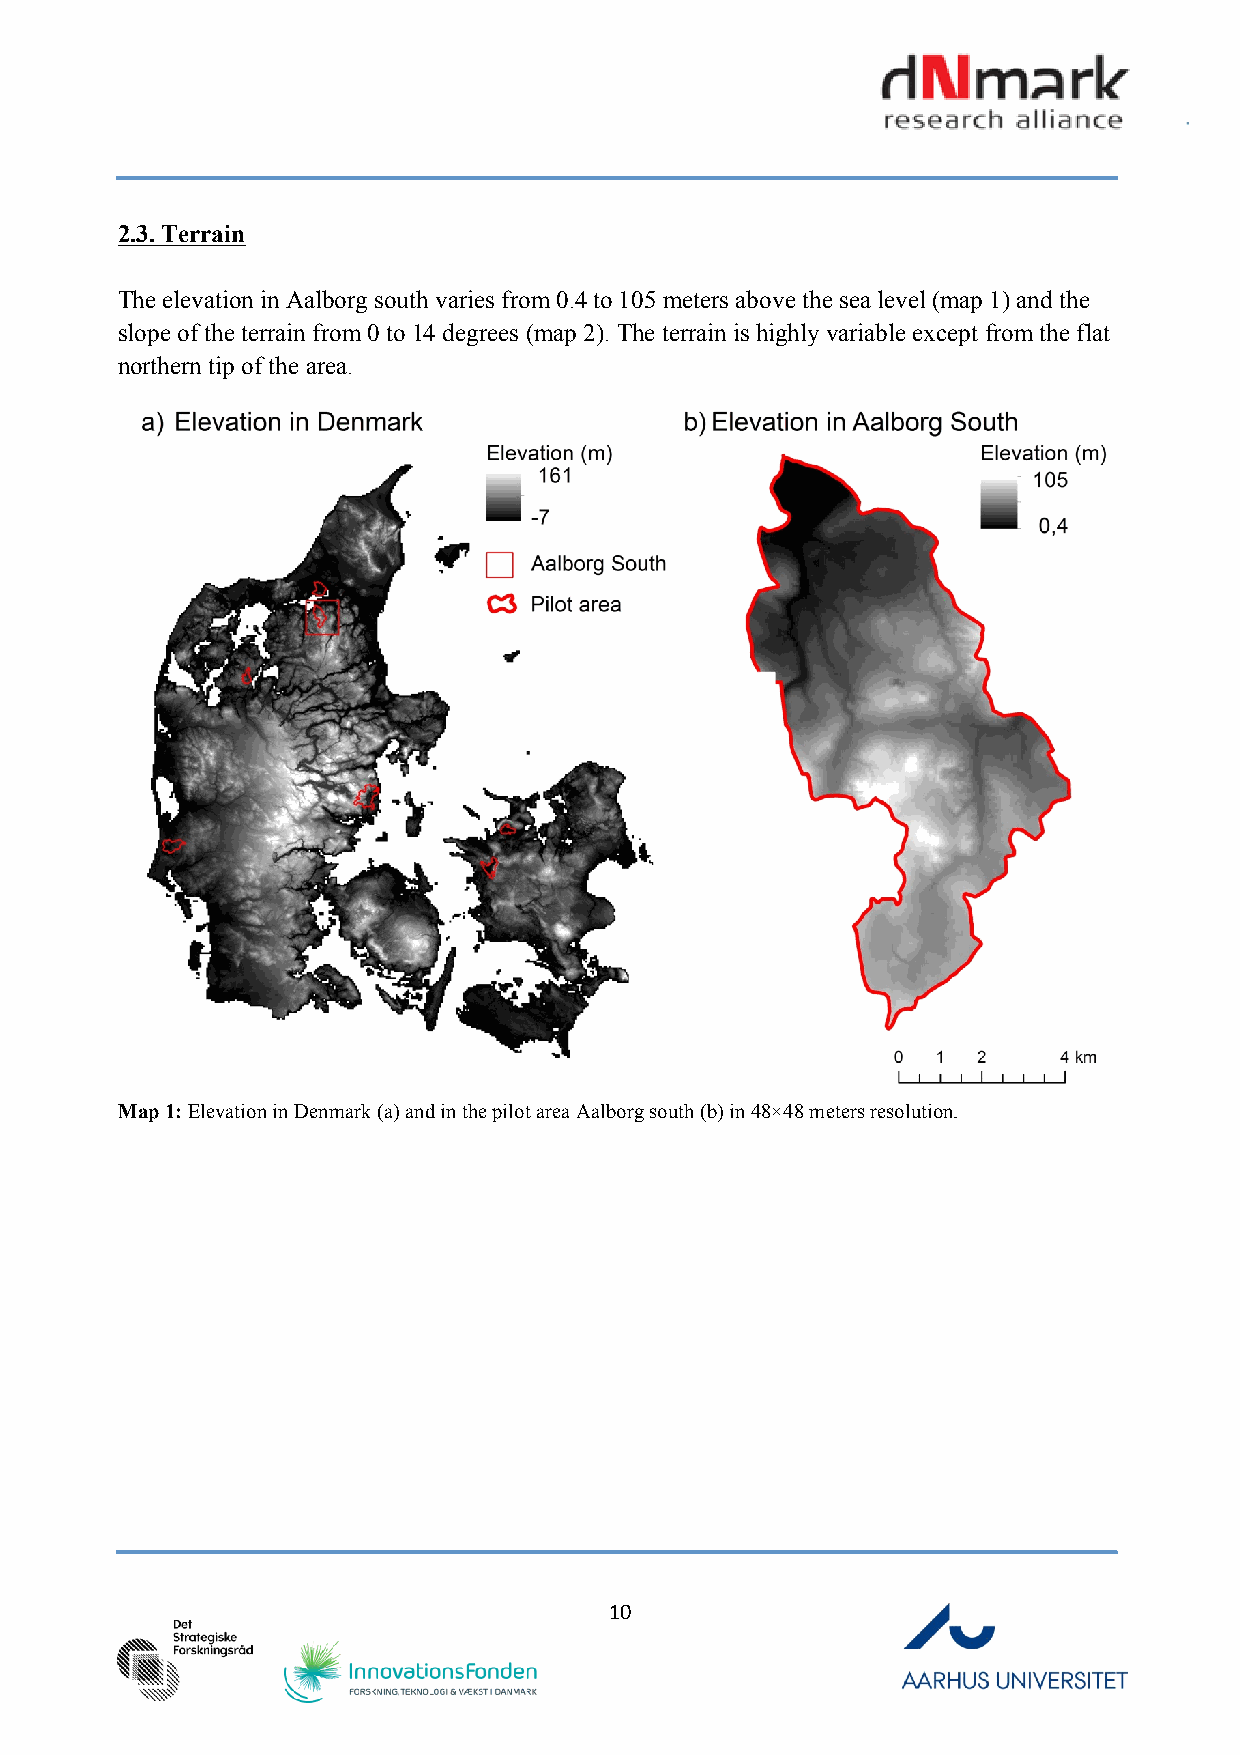
2.3. Terrain
 The elevation in Aalborg south varies from 0.4 to 105 meters above the sea level (map 1) and the
 slope of the terrain from 0 to 14 degrees (map 2). The terrain is highly variable except from the flat
 northern tip of the area.
 Map 1: Elevation in Denmark (a) and in the pilot area Aalborg south (b) in 48×48 meters resolution.
 10